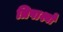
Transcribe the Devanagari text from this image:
त्रिपार्श्वों